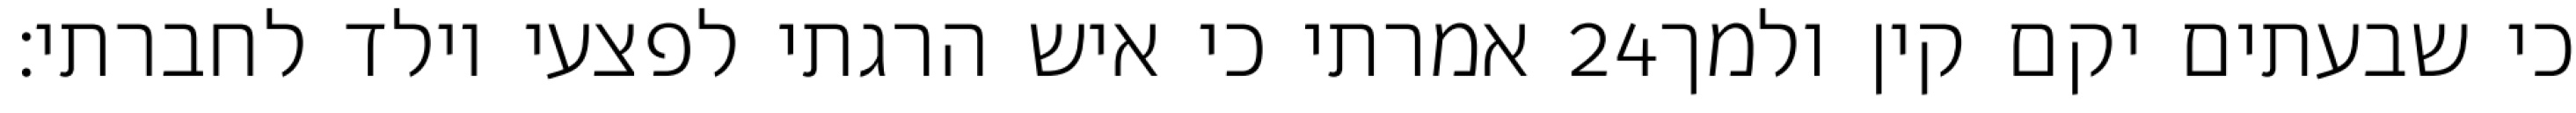
אמרתי כי איש הרגתי לפצעי וילד לחברתי׃ ‎24‏ כי שבעתים יקם קין ולמך